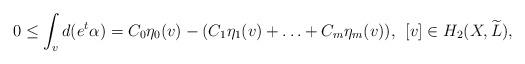
LaTeX: \begin{align*}0 \le \int_v d(e^t\alpha) = C_0\eta_0(v)-(C_1\eta_1(v) + \hdots + C_m\eta_m(v)), \:\: [v] \in H_2(X,\widetilde{L}),\end{align*}